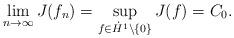
LaTeX: \begin{align*} \lim_{n\to\infty}J(f_n)=\sup_{f\in \dot{H}^1\setminus\{0\}}J(f)=C_0. \end{align*}